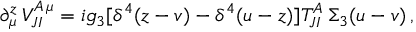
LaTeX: \partial _ { \mu } ^ { z } \, V _ { J I } ^ { A \, \mu } = i g _ { 3 } [ \delta ^ { 4 } ( z - v ) - \delta ^ { 4 } ( u - z ) ] T _ { J I } ^ { A } \, \Sigma _ { 3 } ( u - v ) \, ,